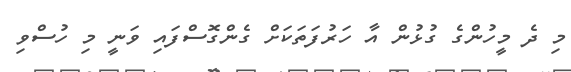
މި ދެ މީހުންގެ ގުޅުން އާ ހަރުފަތަކަށް ގެންގޮސްފައި ވަނީ މި ހުސްވި